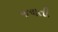
જચતી